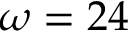
\omega = 2 4